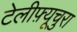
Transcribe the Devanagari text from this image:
टेलीफ़्यूचुरा